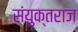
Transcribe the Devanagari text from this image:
संयुक्तराज